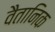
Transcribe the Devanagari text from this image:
वैतानिक